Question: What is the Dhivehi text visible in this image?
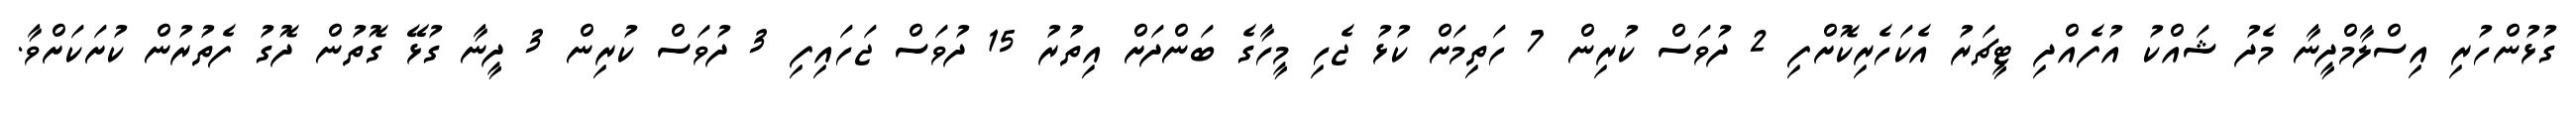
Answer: ގުޅުންހުރި އިސްލާމްދީނާ މެދު ޝައްކު އުފެއްދި ޓީޗަރު އެކަހެރިކޮށްފި 2 ދުވަސް ކުރިން 7 ހަތިމަށް ކުޅު ޖެހި މީހާގެ ބަންދަށް އިތުރު 15 ދުވަސް ޖަހައިފި 3 ދުވަސް ކުރިން 3 ދީނާ ގުޅޭ ގޮތުން ދޮގު ފެތުރުން ކުށަކަށްވާ.